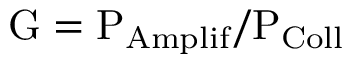
\mathrm { G = { P _ { A m p l i f } } / { P _ { C o l l } } }